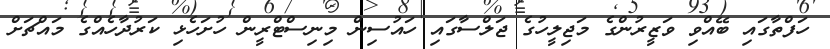
ހަފްތާގައި ބޭއްވި ވަޒީރުންގެ މަޖިލީހުގެ ޖަލްސާގައި ހައުސިން މިނިސްޓްރީން ހުށަހެޅި ކަރުދާހެއްގެ މައްޗަށް